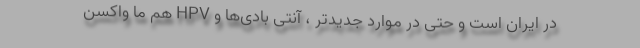
در ایران است و حتی در موارد جدیدتر ، آنتی بادی‌ها و HPV هم ما واکسن